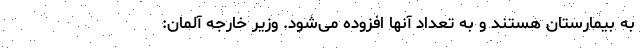
به بیمارستان هستند و به تعداد آنها افزوده می‌شود. وزیر خارجه آلمان: